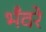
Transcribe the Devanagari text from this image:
भँवरे